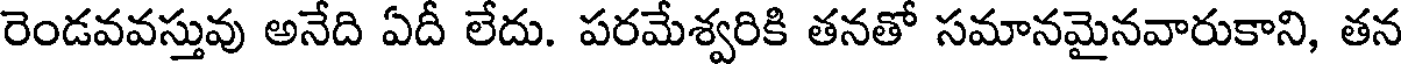
రెండవవస్తువు అనేది ఏదీ లేదు. పరమేశ్వరికి తనతో సమానమైనవారుకాని, తన